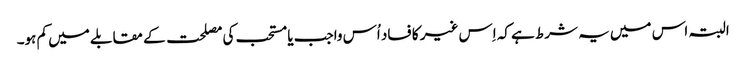
البتہ اس میں یہ شرط ہے کہ اِس غیر کا فساد اُس واجب یا مستحب کی مصلحت کے مقابلے میں کم ہو۔